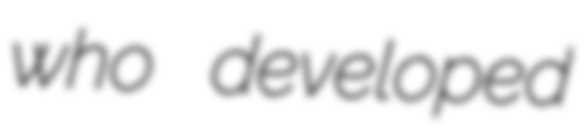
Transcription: who developed